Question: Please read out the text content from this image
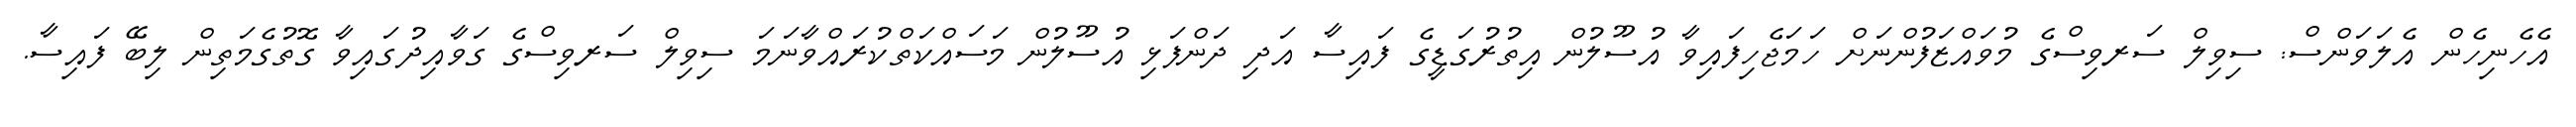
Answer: އެހެނިހެން އެލަވަންސް: ސިވިލް ސަރވިސްގެ މުވައްޒަފުންނަށް ހަމަޖެހިފައިވާ އުސޫލުން އިތުރުގަޑީގެ ފައިސާ އަދި ދަންފަޅި އުސޫލުން މަސައްކަތްކުރައްވާނަމަ ސިވިލް ސަރވިސްގެ ގަވާއިދުގައިވާ ގޮތުގެމަތިން ލިބޭ ފައިސާ.